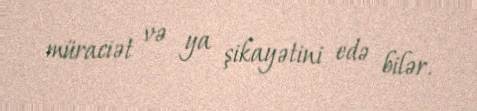
müraciət və ya şikayətini edə bilər.